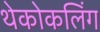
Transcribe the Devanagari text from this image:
थेकोकलिंग